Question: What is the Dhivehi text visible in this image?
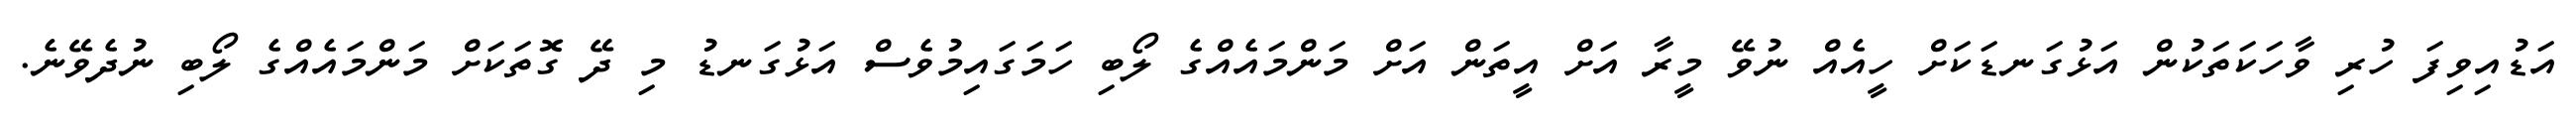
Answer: އަޑުއިވިފަ ހުރި ވާހަކަތަކުން އަޅުގަނޑަކަށް ހީއެއް ނުވޭ މީރާ އަށް އީތަން އަށް މަންމައެއްގެ ލޯބި ހަމަގައިމުވެސް އަޅުގަނޑު މި ދޭ ގޮތަކަށް މަންމައެއްގެ ލޯބި ނުދެވޭނެ.